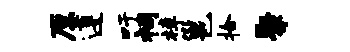
原遵吁祠樟邕拾聚